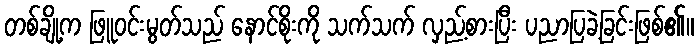
တစ်ချို့က ဖြူဝင်းမွတ်သည် နောင်စိုးကို သက်သက် လှည့်စားပြီး ပညာပြခဲ့ခြင်းဖြစ်၏။